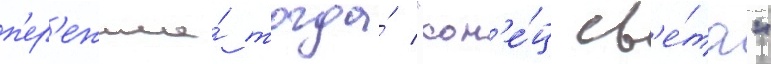
п'ер'ежила́ тогда́ "кон'е́ц св'е́та"